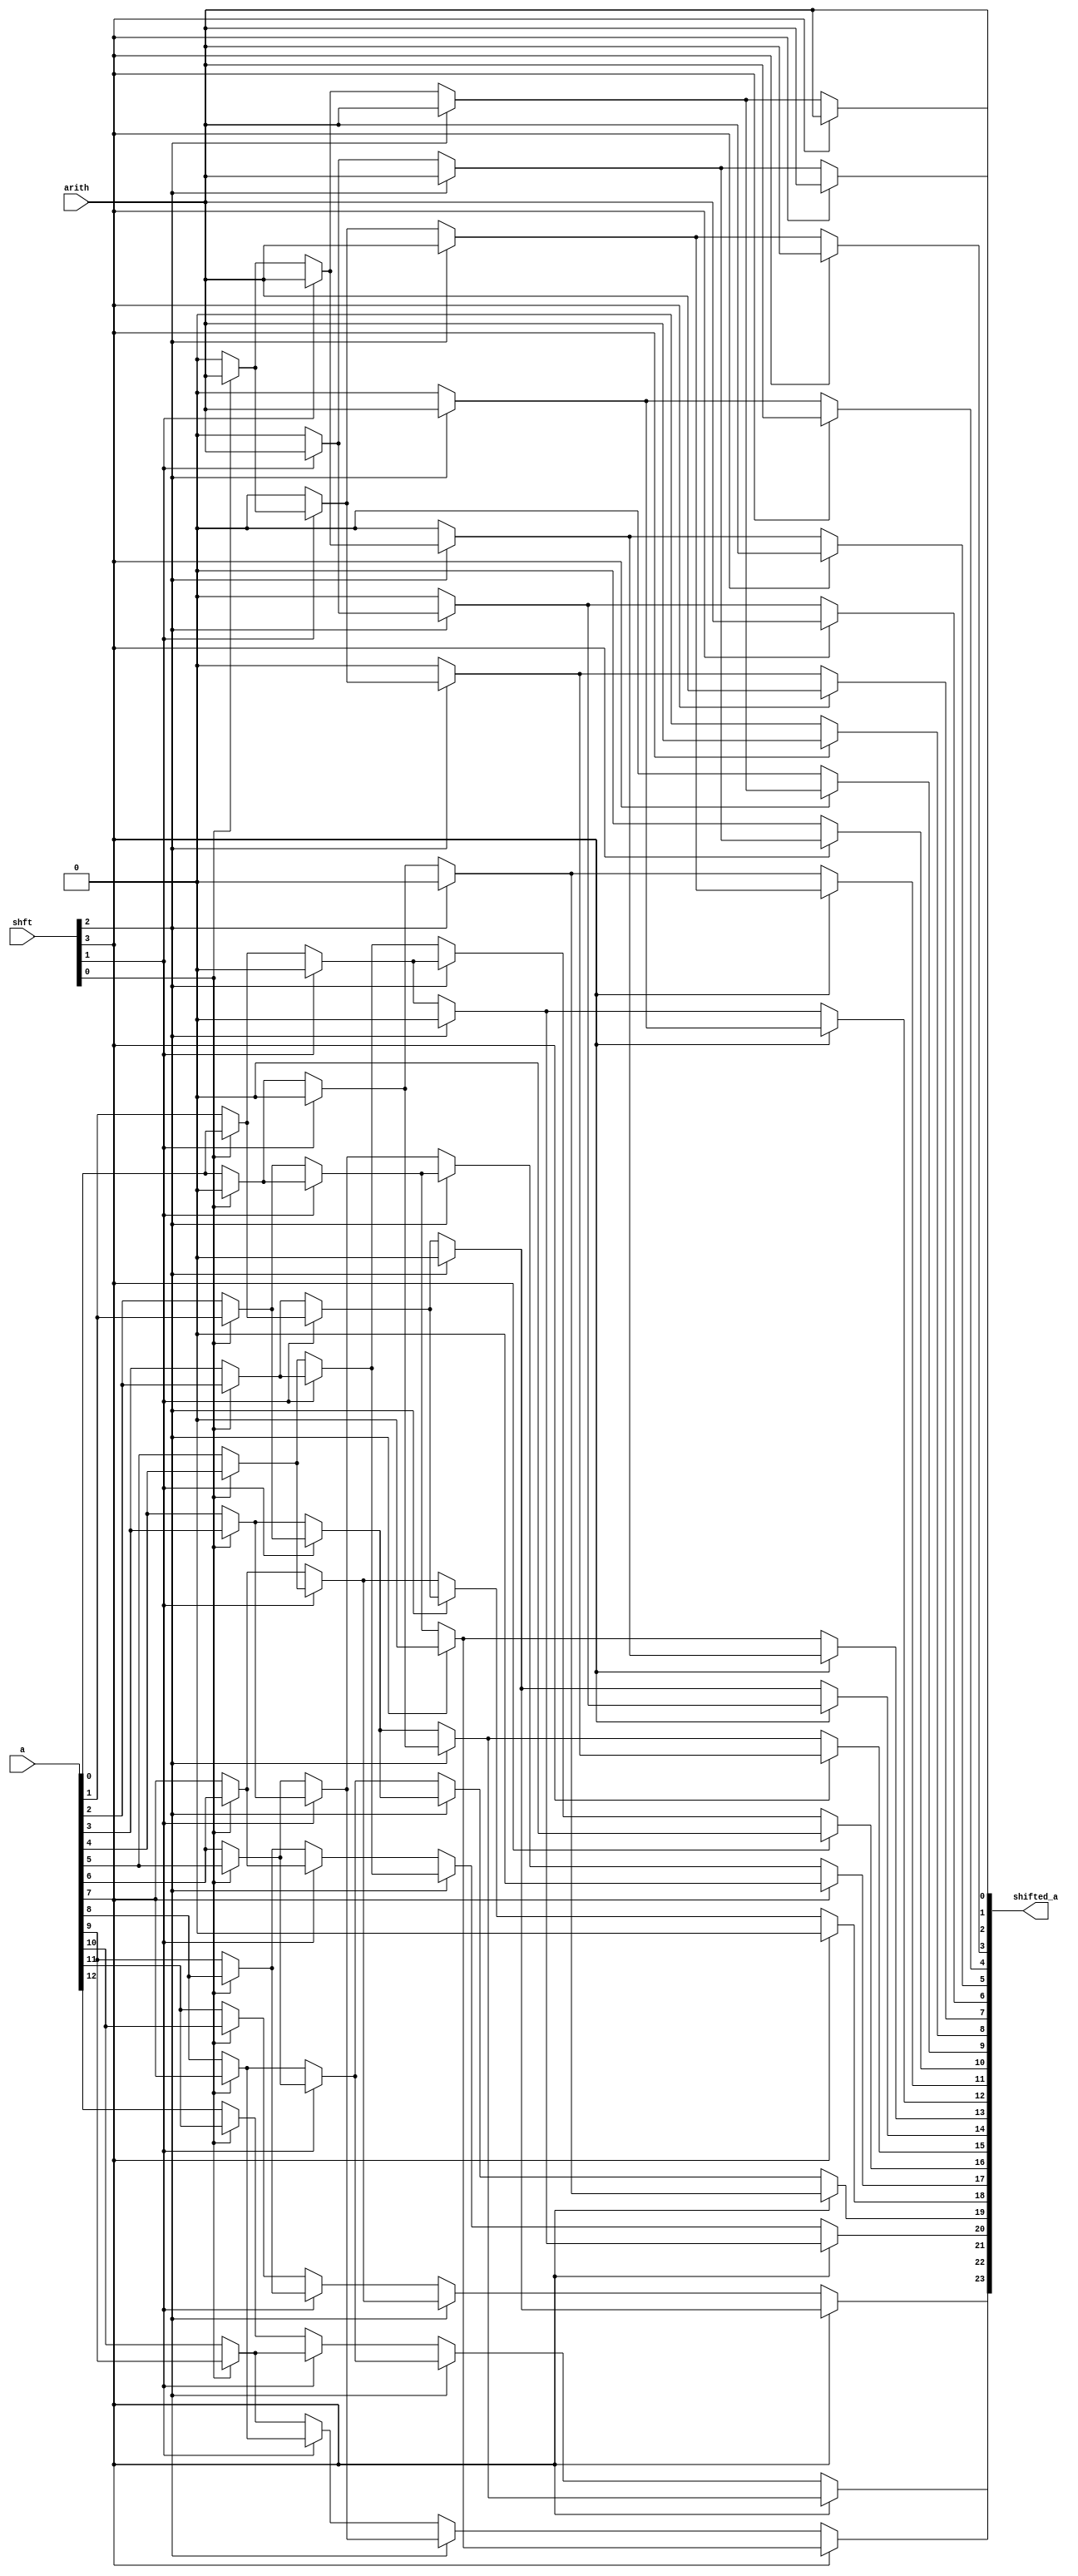
module shifter #(	parameter                INPUT_SIZE = 13,
						parameter                SHIFT_SIZE = 4,
						parameter                OUTPUT_SIZE = 24, //>INPUT_SIZE
						parameter                DIRECTION = 1,
						parameter                PIPELINE = 1,
						parameter [7:0]          POSITION = 8'b00000000)
					(a, arith, shft, shifted_a);
	
	input [INPUT_SIZE-1:0]   a;
	input                    arith;
	input [SHIFT_SIZE-1:0]   shft;
	output [OUTPUT_SIZE-1:0] shifted_a;
   
   
   
	wire [OUTPUT_SIZE-1:0]   a_temp_d[SHIFT_SIZE:0];
	wire [OUTPUT_SIZE-1:0]   a_temp_q[SHIFT_SIZE:0];
   
	assign a_temp_q[0][OUTPUT_SIZE-1 : OUTPUT_SIZE-INPUT_SIZE] = a;
	assign a_temp_q[0][OUTPUT_SIZE-1-INPUT_SIZE : 0] = arith; 
   
	generate
	begin : GENERATING
		genvar i;
		for (i = 0; i <= SHIFT_SIZE - 1; i = i + 1)
		begin : BARREL_SHIFTER_GENERATION
			if (DIRECTION == 1)
			begin : LEFT
				genvar j;
				for (j = 0; j <= OUTPUT_SIZE - 1; j = j + 1)
				begin : MUX_GEN_L
					if (j < 2 ** i)
					begin : ZERO_INS_L
						assign a_temp_d[i][j] = (shft[i] == 1'b0) ? a_temp_q[i][j] : arith;
					end
							  
					if (j >= 2 ** i)
					begin : BIT_INS_L
						assign a_temp_d[i][j] = (shft[i] == 1'b0) ? a_temp_q[i][j] : a_temp_q[i][j-2**i];
					end
				end
			end
			
			if (DIRECTION == 0)
			begin : RIGHT
				genvar j;
				for (j = 0; j <= OUTPUT_SIZE - 1; j = j + 1)
				begin : MUX_GEN_R
					if (OUTPUT_SIZE - 1 < 2 ** i + j)
					begin : ZERO_INS_R
						assign a_temp_d[i][j] = (shft[i] == 1'b0) ? a_temp_q[i][j] : arith;
					end
							  
					if (OUTPUT_SIZE - 1 >= 2 ** i + j)
					begin : BIT_INS_R
						assign a_temp_d[i][j] = (shft[i] == 1'b0) ? a_temp_q[i][j] : a_temp_q[i][j+2**i];
					end
				end
			end
			
			if (PIPELINE != 0)
			begin : PIPELINE_INSERTION
				if (POSITION[i] == 1'b1)
				begin : LATCH
					d_ff #(OUTPUT_SIZE) D_INS(.clk(clk), .rst(rst), .d(a_temp_d[i]), .q(a_temp_q[i + 1]));
				end
				
				if (POSITION[i] == 1'b0)
				begin : NO_LATCH
					assign a_temp_q[i + 1] = a_temp_d[i];
				end
			end
				  
			if (PIPELINE == 0)
			begin : NO_PIPELINE
				assign a_temp_q[i + 1] = a_temp_d[i];
			end	
		end
	end
	endgenerate
   
	assign shifted_a = a_temp_q[SHIFT_SIZE];
	
endmodule